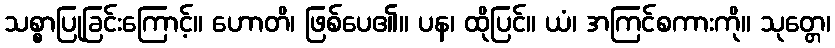
သစ္စာပြုခြင်းကြောင့်။ ဟောတိ၊ ဖြစ်ပေ၏။ ပန၊ ထိုပြင်။ ယံ၊ အကြင်စကားကို။ သုတ္တေ၊